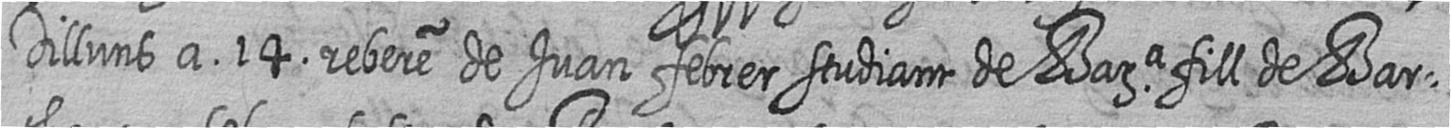
Dilluns a 14 rebere de Juan febrer studiant de Bara fill de Bar=